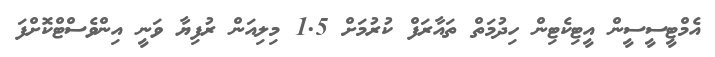
އެމްޓީސީސީން އީޓިކެޓިން ހިދުމަތް ތައާރަފް ކުރުމަށް 1.5 މިލިއަން ރުފިޔާ ވަނީ އިންވެސްޓްކޮށްފަ